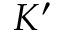
K ^ { \prime }